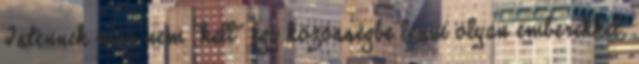
Istennek már nem "kell" egy közösségbe lenni olyan emberekkel,